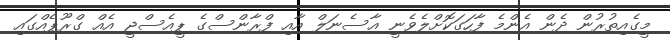
މީގެއިތުރުން ދެން އެންމެ ފާހަގަކޮށްލެވެނީ އާސެނަލް އާއި ފްރާންސްގެ ޕީއެސްޖީ އެއް ގްރޫޕެއްގައި